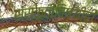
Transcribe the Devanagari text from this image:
संस्कृतीविषयीही